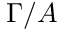
\Gamma / A